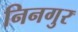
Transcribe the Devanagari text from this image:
निनगुर